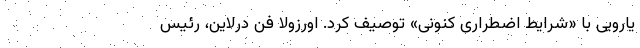
یارویی با «شرایط اضطراری کنونی» توصیف کرد. اورزولا فن درلاین، رئیس